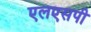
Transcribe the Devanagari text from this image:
एलएसपी